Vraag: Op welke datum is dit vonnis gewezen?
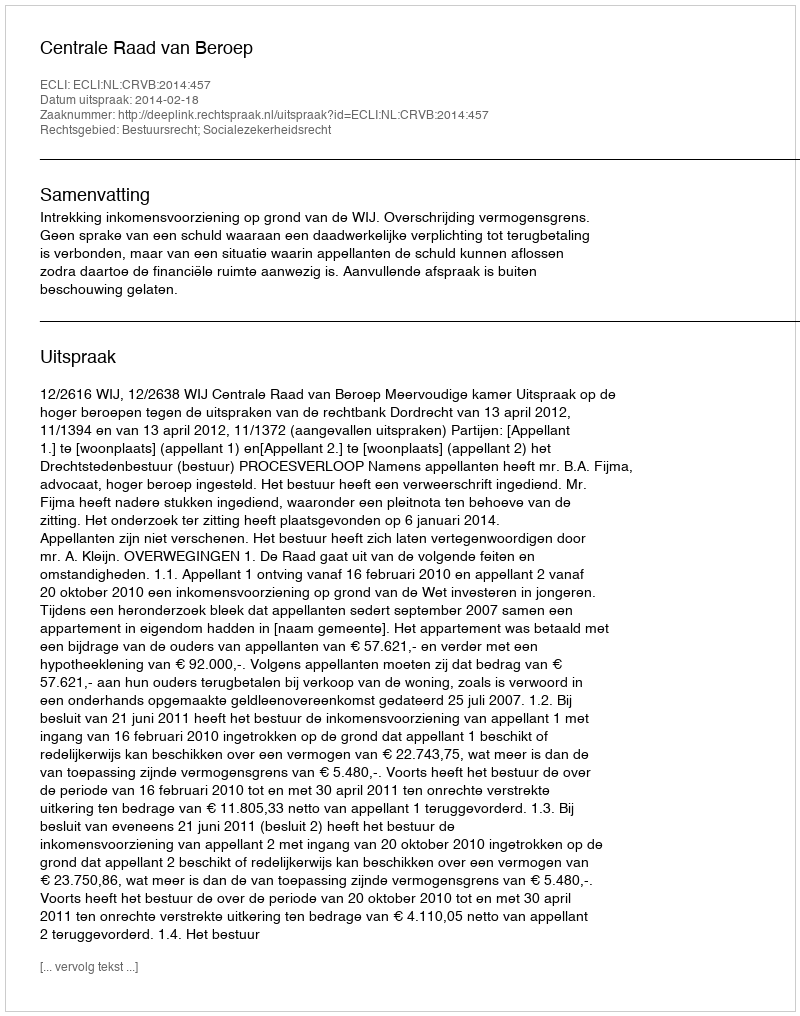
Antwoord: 2014-02-18